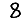
Digit: 8